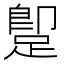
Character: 𨂢